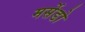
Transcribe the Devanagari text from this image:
मर्सेडो